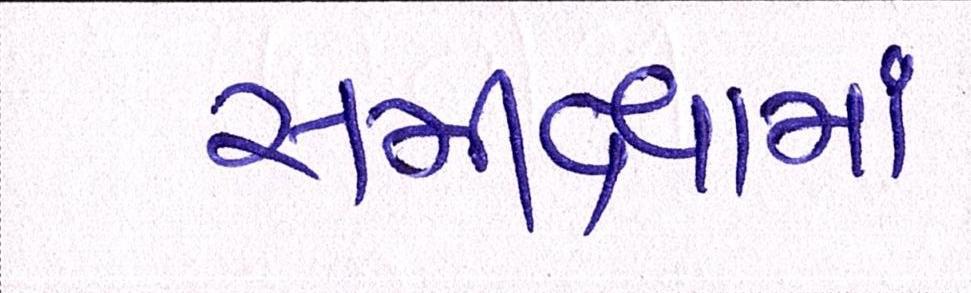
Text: સમીક્ષામાં